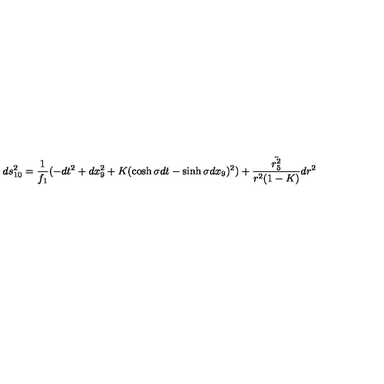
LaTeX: d s _ { 1 0 } ^ { 2 } = \frac { 1 } { f _ { 1 } } ( - d t ^ { 2 } + d x _ { 9 } ^ { 2 } + K ( \cosh \sigma d t - \sinh \sigma d x _ { 9 } ) ^ { 2 } ) + \frac { \bar { r _ { 5 } ^ { 2 } } } { r ^ { 2 } ( 1 - K ) } d r ^ { 2 }